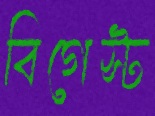
বিগেস্ট